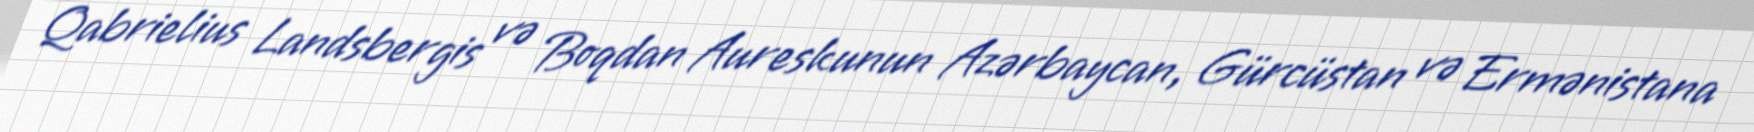
Qabrielius Landsbergis və Boqdan Aureskunun Azərbaycan, Gürcüstan və Ermənistana